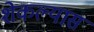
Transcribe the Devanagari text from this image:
शेकल्यास